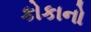
કોકાનો